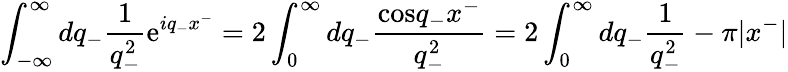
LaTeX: \int_{-\infty}^{\infty}dq_{-}\frac{1}{q_{-}^{2}}\mathrm{e}^{iq_{-}x^{-}}=2\int_{0}^{\infty}dq_{-}\frac{\mathrm{cos}q_{-}x^{-}}{q_{-}^{2}}=2\int_{0}^{\infty}dq_{-}\frac{1}{q_{-}^{2}}-{\pi}|x^{-}|